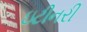
ઇટીનરી